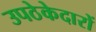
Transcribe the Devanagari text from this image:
उपठेकेदारों